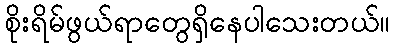
စိုးရိမ်ဖွယ်ရာတွေရှိနေပါသေးတယ်။